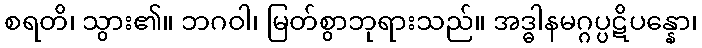
စရတိ၊ သွား၏။ ဘဂဝါ၊ မြတ်စွာဘုရားသည်။ အဒ္ဓါနမဂ္ဂပ္ပဋိပန္နော၊